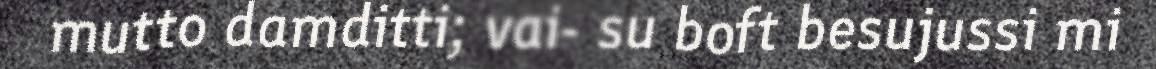
mutto damditti; vai- su boft besujussi mi